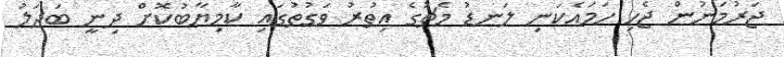
ޖަރުމަނުން ޖެހި ހަމައެކަނި ލަނޑު މެޗުގެ އިތުރު ވަގުތުގައި ކާމިޔާބުކޮށް ދިނީ ބަދަލު